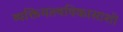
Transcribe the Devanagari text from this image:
व्यक्तिमत्त्वविकासाशी